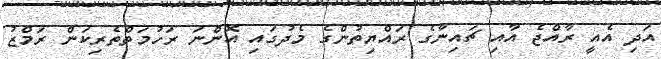
އަދި އެއީ ރާއްޖެ އާއި ޗައިނާގެ ރައްޔިތުންގެ މެދުގައި އޮންނަ ރަހުމަތްތެރިކަން ރަމްޒު